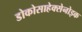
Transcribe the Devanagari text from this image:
डोकोसाहेक्सेनोइक